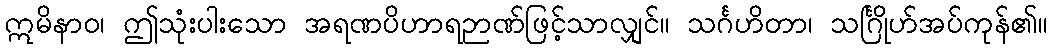
ဣမိနာဝ၊ ဤသုံးပါးသော အရဏပိဟာရဉာဏ်ဖြင့်သာလျှင်။ သင်္ဂဟိတာ၊ သင်္ဂြိုဟ်အပ်ကုန်၏။